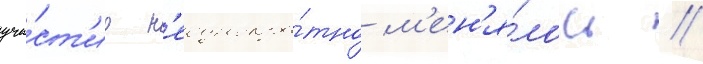
уча́ст'ие н'еоднокра́тно м'ен'я́лось //